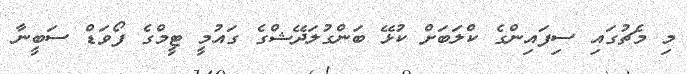
މި މެޗުގައި ސިފައިންގެ ކްލަބަށް ކުޅޭ ބަންގުލަދޭޝްގެ ގައުމީ ޓީމްގެ ފޯވަޑް ސަބީނާ